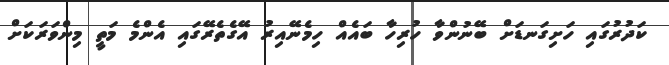
ކަދުރުގައި ހަށިގަނޑަށް ބޭނުންވާ ހުރިހާ ބައެއް ހިމެނޭއިރު އޭގެތެރޭގައި އެންމެ މަތީ މިންވަރަކަށް